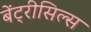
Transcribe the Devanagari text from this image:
बेंट्रीसिल्स